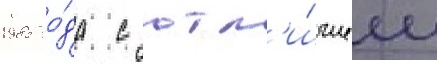
1985 го́да с отл'и́чием